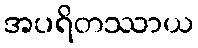
အပရိတဿာယ